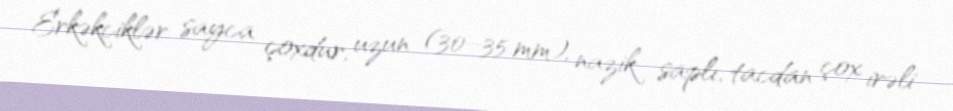
Erkəkciklər sayca çoxdur, uzun (30–35 mm), nazik saplı, tacdan çox irəli